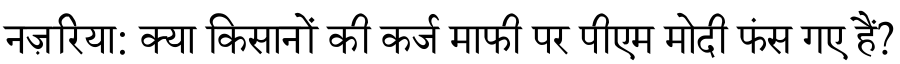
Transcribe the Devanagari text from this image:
नज़रिया: क्या किसानों की कर्ज माफी पर पीएम मोदी फंस गए हैं?